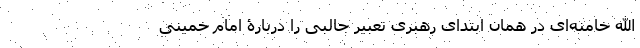
الله خامنه‌ای در همان ابتدای رهبری تعبیر جالبی را دربارۀ امام خمینی